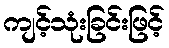
ကျင့်သုံးခြင်းဖြင့်